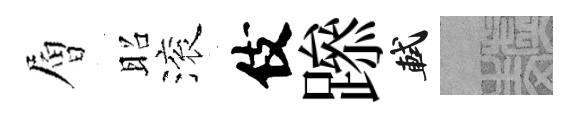
層昭滚伎𨅶軾熙